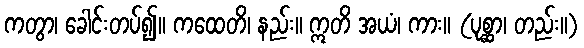
ကတွာ၊ ခေါင်းတပ်၍။ ကထေတိ၊ နည်း။ ဣတိ အယံ၊ ကား။ (ပုစ္ဆာ၊ တည်း။)